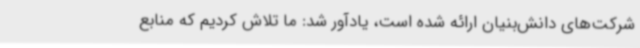
شرکت‌های دانش‌بنیان ارائه شده است، یادآور شد: ما تلاش کردیم که منابع